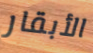
الأبقار